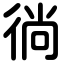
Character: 徜